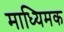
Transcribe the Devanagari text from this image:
माध्यिमक